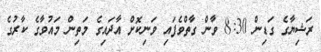
ރަޝިޔާގެ ގަޑިން 8:30 ވާން ގާތްވެފައި ވަނިކޮށް އާދައިގެ މަތިން މައުވާގެ ކާރުގެ